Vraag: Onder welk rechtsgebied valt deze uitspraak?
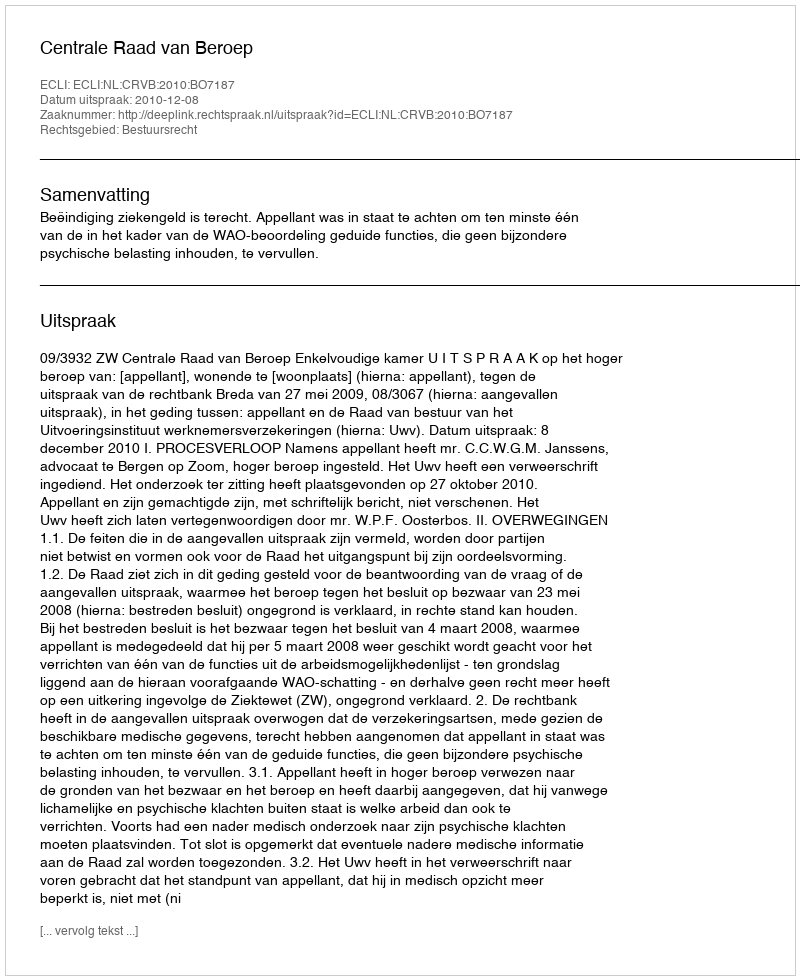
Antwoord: Bestuursrecht